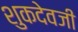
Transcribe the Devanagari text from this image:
शुकदेवजी